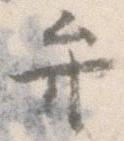
弁